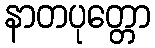
နာတပုတ္တော